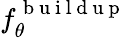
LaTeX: f_{\theta}^{\mathrm{~b~u~i~l~d~u~p~}}